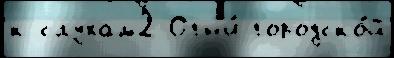
к слухам2 Огн'и́ городско́й